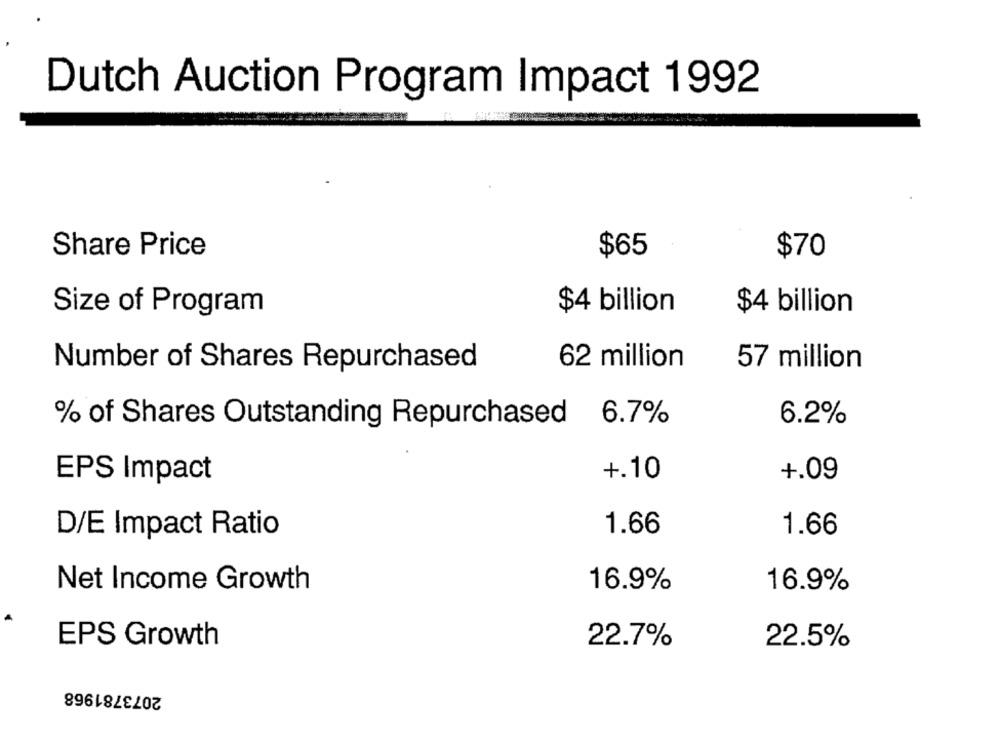
Dutch Auction Program Impact 1992
Share Price
$65
$70
Size of Program
$4 billion
$4 billion
62 million
Number of Shares Repurchased
57 million
% of Shares Outstanding Repurchased
6.7%
6.2%
+.10
EPS Impact
+.09
D/E Impact Ratio
1.66
1.66
16.9%
16.9%
Net Income Growth
EPS Growth
22.7%
22.5%
2073781968